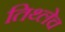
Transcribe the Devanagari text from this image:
तिथ्लेच